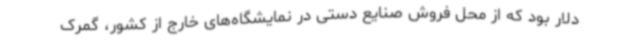
دلار بود که از محل فروش صنایع دستی در نمایشگاه‌های خارج از کشور، گمرک